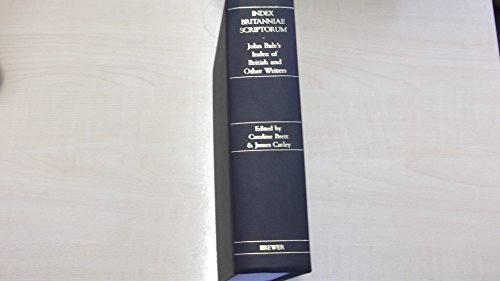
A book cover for Index Britanniae Scriptorum: John Bale's Index of British and Other Writers; John Bale; Reference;